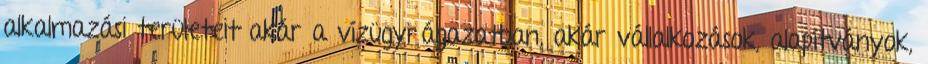
alkalmazási területeit akár a vízügyi ágazatban, akár vállalkozások, alapítványok,